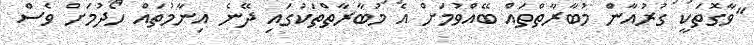
"ވާގޮތަކީ ގުރުއާން މުބާރާތްތައް ބޭއްވުމަށް އެ މުބާރާތްތަކުގައި ދޭނެ އިނާމުތައް ހޯދުމަށް ވެސް